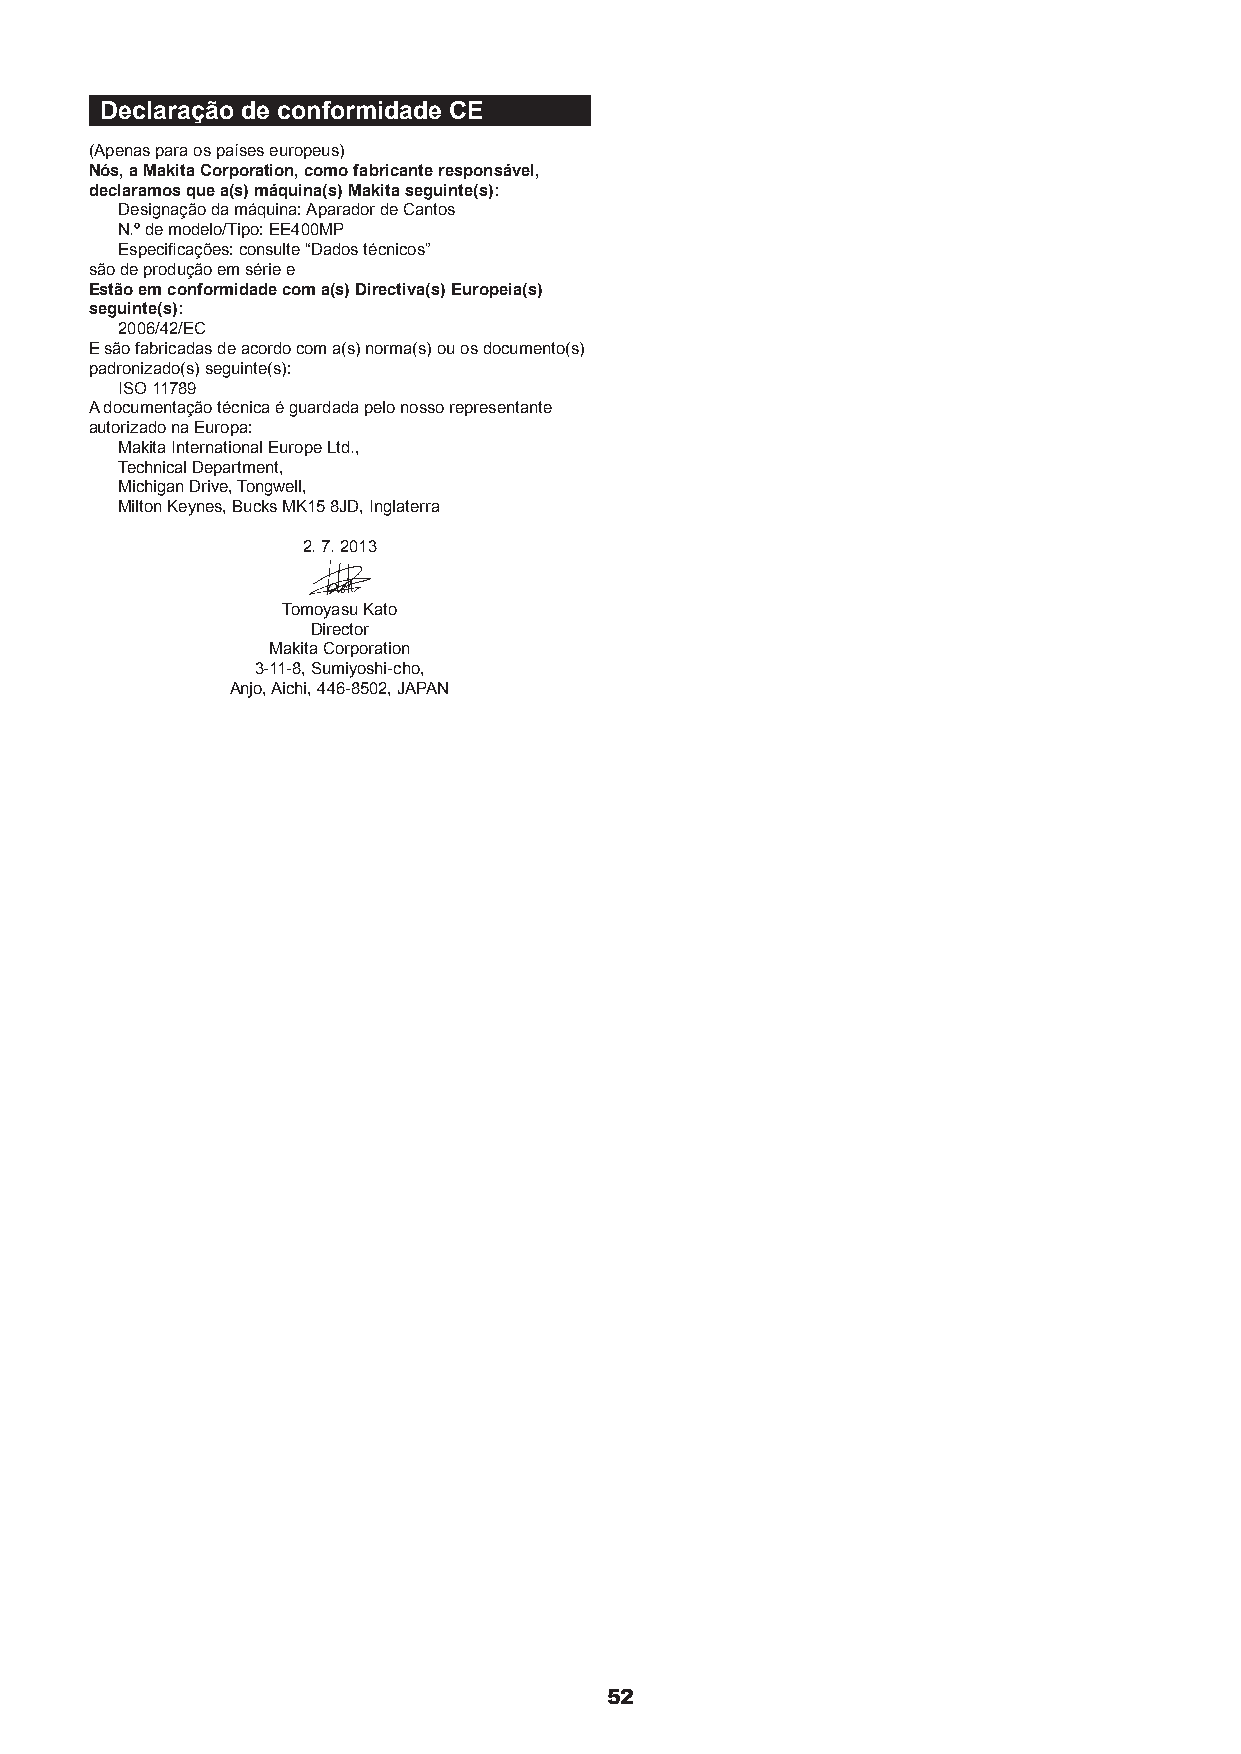
Declaração de conformidade CE
 (Apenas para os países europeus)
 Nós, a Makita Corporation, como fabricante responsável,
 declaramos que a(s) máquina(s) Makita seguinte(s):
 Designação da máquina: Aparador de Cantos
 N.º de modelo/Tipo: EE400MP
 Especificações: consulte “Dados técnicos”
 são de produção em série e
 Estão em conformidade com a(s) Directiva(s) Europeia(s)
 seguinte(s):
 2006/42/EC
 E são fabricadas de acordo com a(s) norma(s) ou os documento(s)
 padronizado(s) seguinte(s):
 ISO 11789
 A documentação técnica é guardada pelo nosso representante
 autorizado na Europa:
 Makita International Europe Ltd.,
 Technical Department,
 Michigan Drive, Tongwell,
 Milton Keynes, Bucks MK15 8JD, Inglaterra
 2. 7. 2013
 Tomoyasu Kato
 Director
 Makita Corporation
 3-11-8, Sumiyoshi-cho,
 Anjo, Aichi, 446-8502, JAPAN
 52